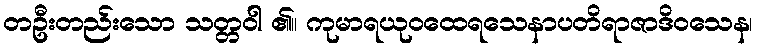
တဦးတည်းသော သတ္တဝါ ၏။ ကုမာရယုဝထေရသေနာပတိရာဇာဒိဝသေန၊